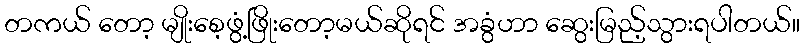
တကယ် တော့ မျိုးစေ့ဖွံ့ဖြိုးတော့မယ်ဆိုရင် အခွံဟာ ဆွေးမြည့်သွားရပါတယ်။